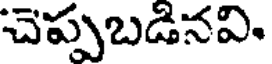
చెప్పబడినవి.